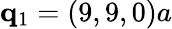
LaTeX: \mathbf{q}_{1}=(9,9,0)a